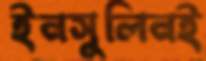
ইনসুলিনই